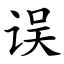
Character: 误